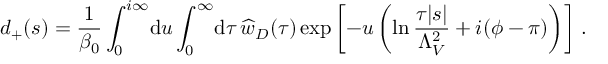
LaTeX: d _ { + } ( s ) = \frac { 1 } { \beta _ { 0 } } \int _ { 0 } ^ { i \infty } \! \mathrm { d } u \int _ { 0 } ^ { \infty } \! \mathrm { d } \tau \, \widehat w _ { D } ( \tau ) \exp \left[ - u \left( \ln \frac { \tau | s | } { \Lambda _ { V } ^ { 2 } } + i ( \phi - \pi ) \right) \right] \, .